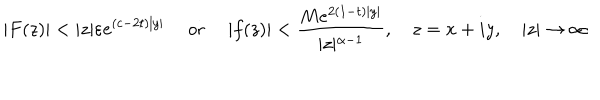
\vert F ( z ) \vert < \vert z \vert \varepsilon e ^ { ( c - 2 t ) \vert y \vert } \quad \textrm { o r } \quad \vert f ( z ) \vert < \frac { M e ^ { 2 ( 1 - t ) \vert y \vert } } { \vert z \vert ^ { \alpha - 1 } } , \quad z = x + i y , \quad \vert z \vert \to \infty